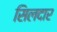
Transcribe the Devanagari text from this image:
सिलदार